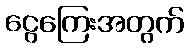
ငွေကြေးအတွက်